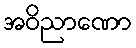
အဝိညာဏော